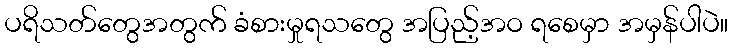
ပရိသတ်တွေအတွက် ခံစားမှုရသတွေ အပြည့်အဝ ရစေမှာ အမှန်ပါပဲ။